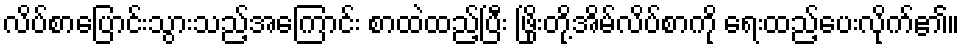
လိပ်စာပြောင်းသွားသည့်အကြောင်း စာထဲထည့်ပြီး ဖြိုးတို့အိမ်လိပ်စာကို ရေးထည့်ပေးလိုက်၏။